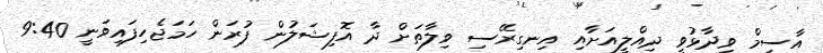
އާސިމް ވިދާޅުވީ ދިއްލީއަށާއި އިނގިރޭސި ވިލާތަށް ދާ އޮފިޝަލުން ފުރަން ހަމަޖެހިފައިވަނީ 9:40